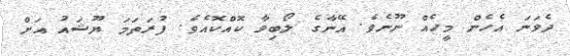
ދެވަނަ އެހެން މީހެއް ނޫނެވެ. އޭނާގެ ލޯބިވާ ކޮއްކޮއެވެ. ފުރަތަމަ ޔޫޝައު އަށް